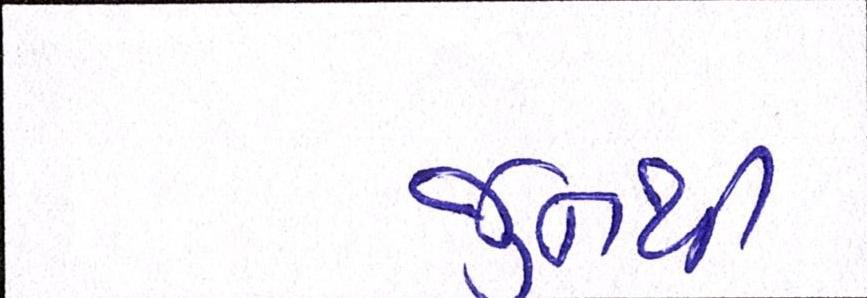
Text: જુનથી